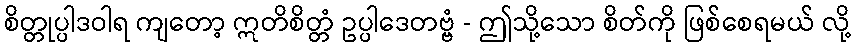
စိတ္တုပ္ပါဒဝါရ ကျတော့ ဣတိစိတ္တံ ဥပ္ပါဒေတဗ္ဗံ - ဤသို့သော စိတ်ကို ဖြစ်စေရမယ် လို့